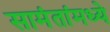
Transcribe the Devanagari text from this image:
सामंतांमध्ये